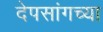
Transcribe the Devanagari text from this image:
देपसांगच्या